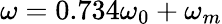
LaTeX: \omega=0.734\omega_{0}+\omega_{m}